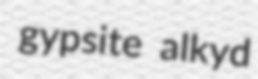
gypsite alkyd